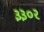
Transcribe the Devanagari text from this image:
३३०२